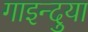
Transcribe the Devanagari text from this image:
गाइन्दुया